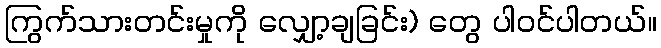
ကြွက်သားတင်းမှုကို လျှော့ချခြင်း) တွေ ပါဝင်ပါတယ်။